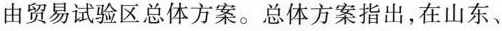
由贸易试验区总体方案。总体方案指出，在山东、